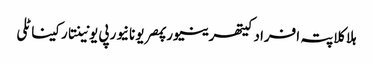
ہلاکلاپتہ افرادکیتھرینیورپمصریونانیورپی یونینتارکیناٹلی